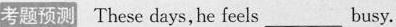
考题预测 These days, he feels_ busy.